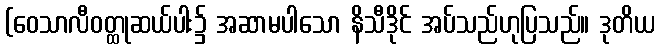
(ဝေသာလီဝတ္ထုဆယ်ပါး၌ အဆာမပါသော နိသီဒိုင် အပ်သည်ဟုပြသည်။ ဒုတိယ